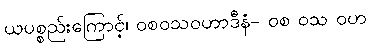
ယပစ္စည်းကြောင့်၊ ဝစဝသဝဟာဒီနံ- ဝစ ဝသ ဝဟ